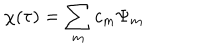
\chi ( \tau ) = \sum _ { m } c _ { m } \Psi _ { m }